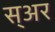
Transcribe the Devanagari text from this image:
स्अर